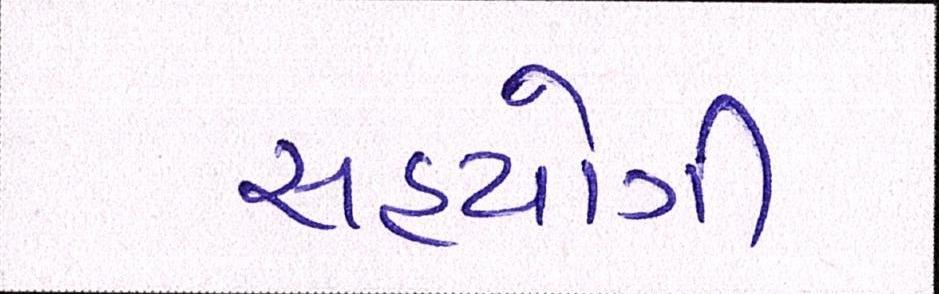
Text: સહયોગી